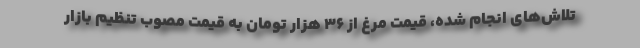
تلاش‌های انجام شده، قیمت مرغ از ۳۶ هزار تومان به قیمت مصوب تنظیم بازار